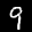
Label: 9